Vabadussoja_Ajaloo_Komitee, lk 29
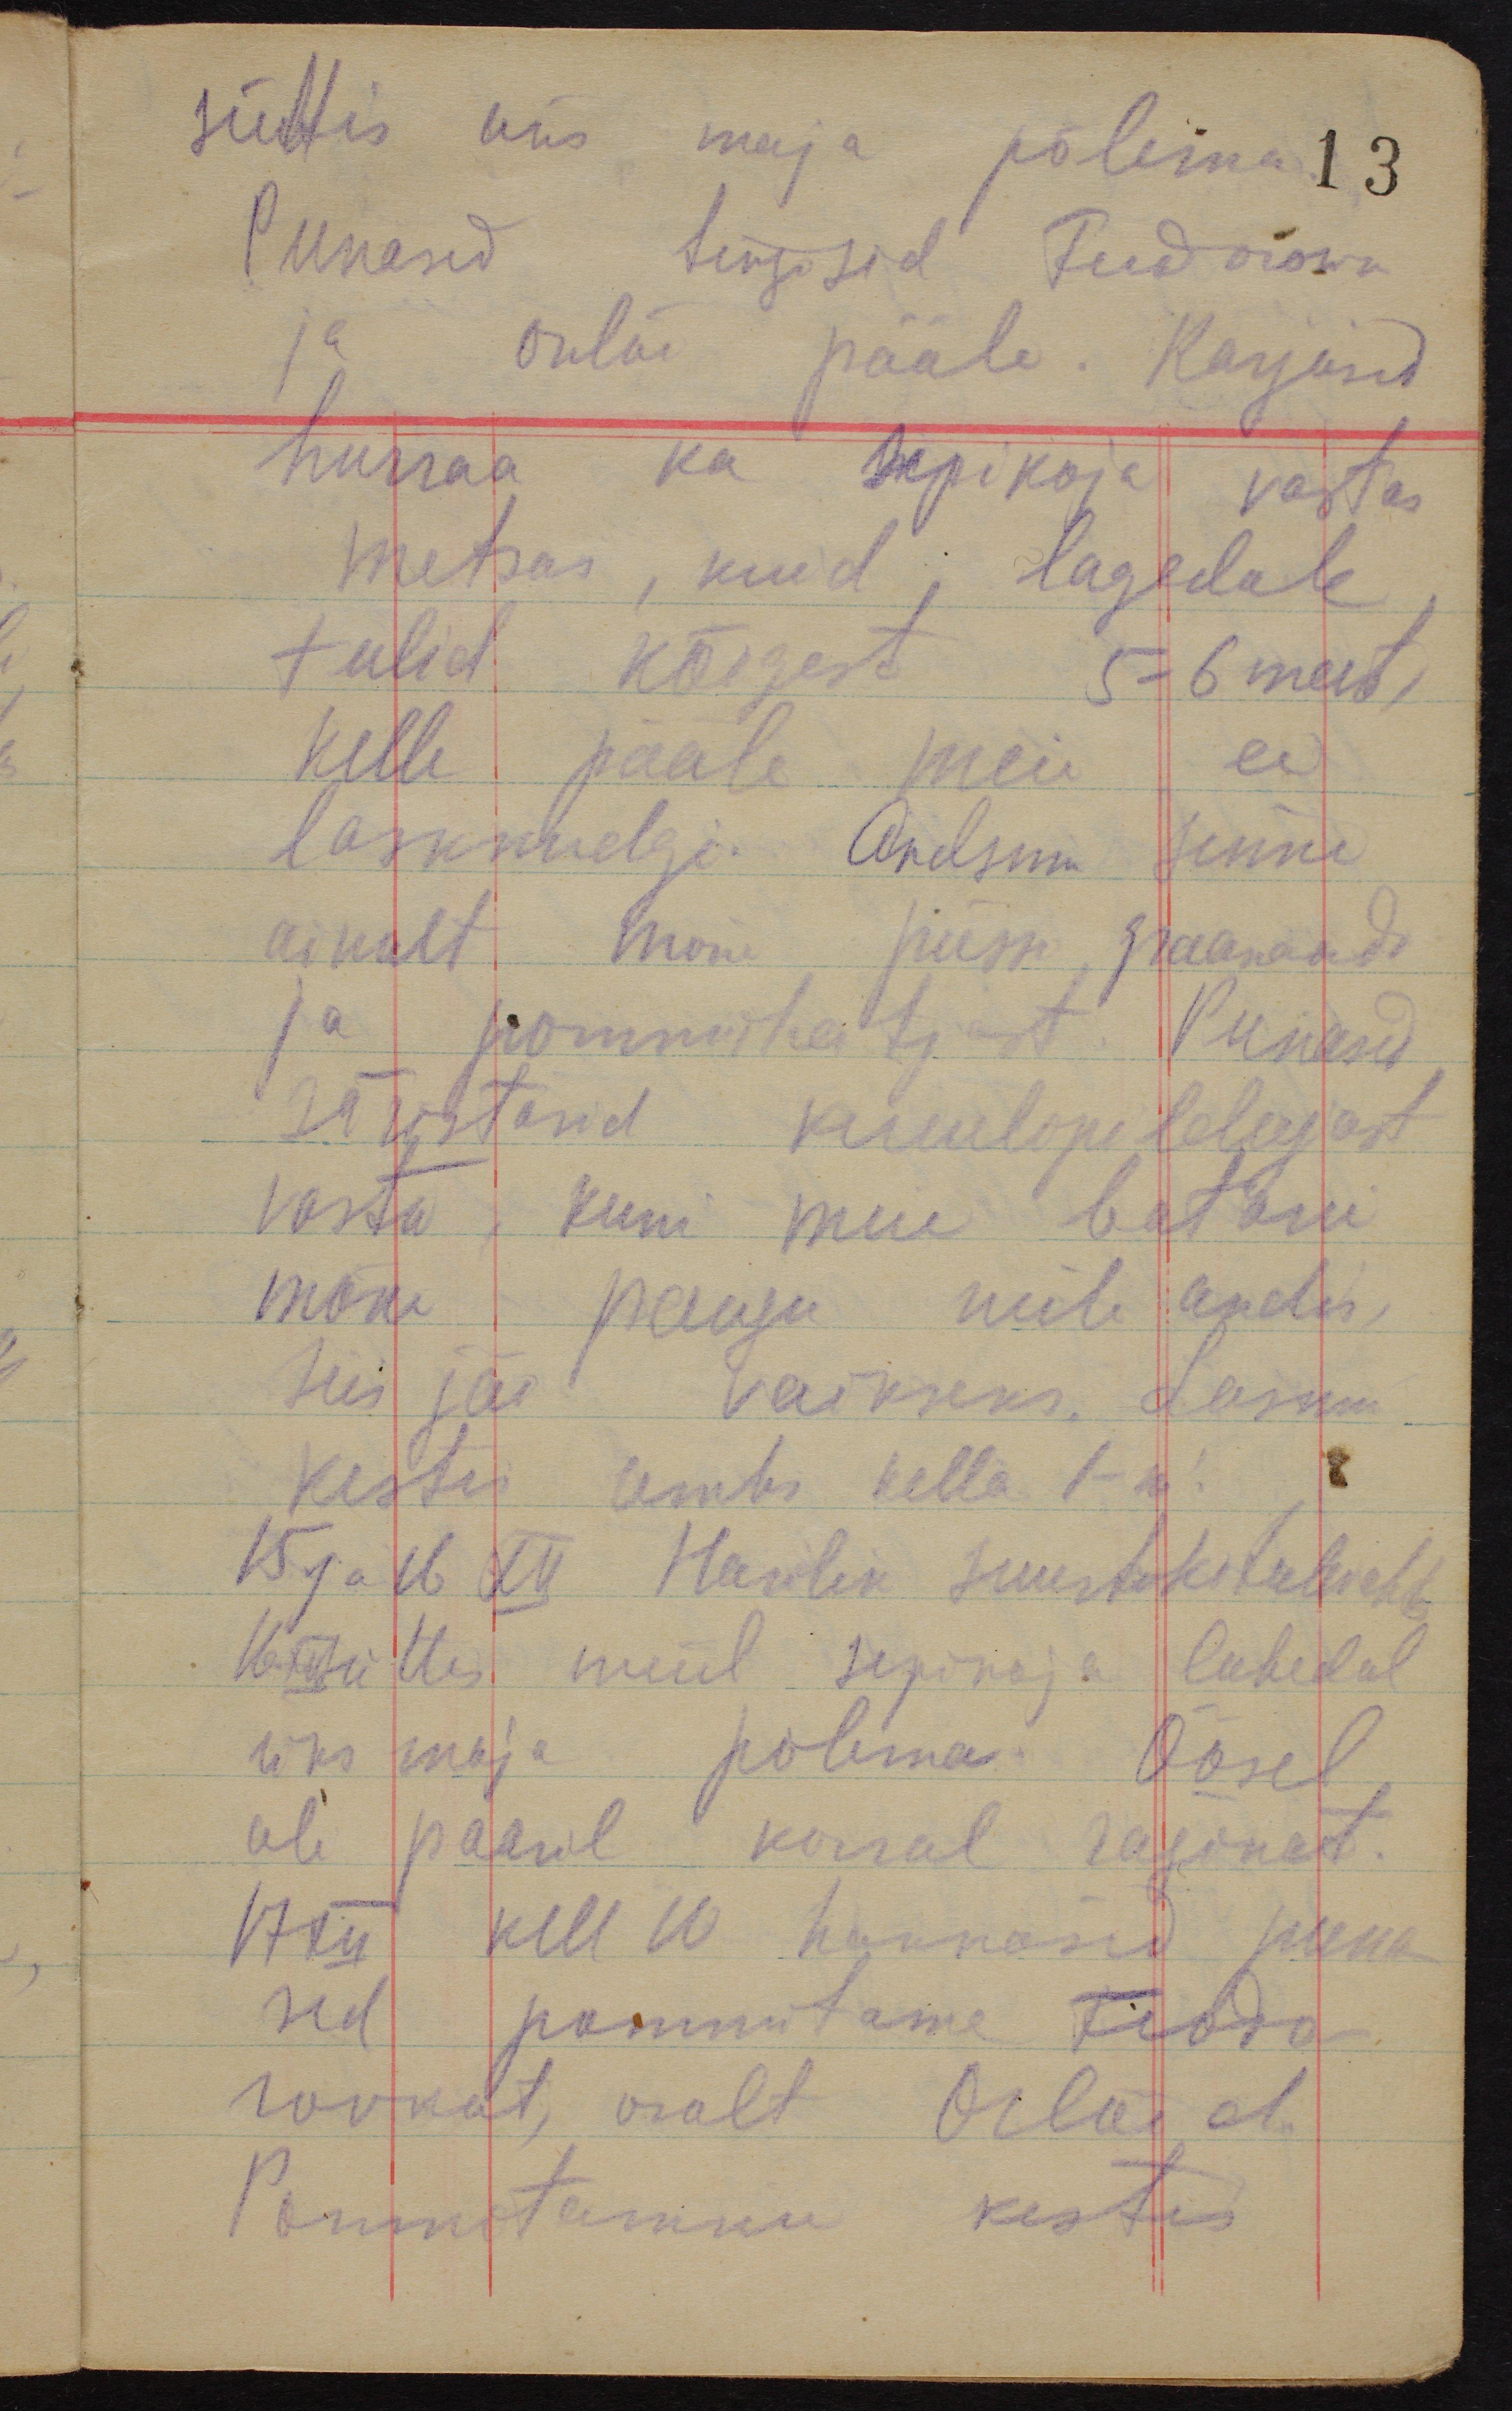
süttis üks maja põlema.
13
Punased tungisid Feodorowa
ja Orlõi pääle. Karjusid
hurraa ka sepikoja vastas
metsas, kuid lagedale
tulid kõigest 5-6 meest,
kelle pääle meie ei
lasknudgi. Andsime sinne
ainult mõne püssi, granaadi
ja pommiheitjast. Punased
täristand kuulipildujast
vasta, kuni meie batarei
mõne paugu neile andis,
siis jäi vaikseks. Laskm
kestis umbe kella 1-ni.
15 ja 16 XII Harilik suurtükitulevahetus.
16 XII süttis meil sepikoja lahedal
üks maja põlema. Öösel
oli paaril korral raginat.
17 XII kell 10 hakkasid puna-
sed pommitama Feodo-
rovkat, osalt Orlõid.
Pommitamine kestis